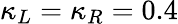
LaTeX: \kappa_{L}=\kappa_{R}=0.4